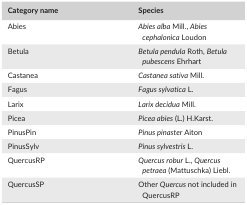
<table><thead><tr><td><b>Category name</b></td><td><b>Species</b></td></tr></thead><tbody><tr><td>Abies</td><td><i>Abies alba</i> Mill., <i>Abies cephalonica</i> Loudon</td></tr><tr><td>Betula</td><td><i>Betula pendula</i> Roth, <i>Betula pubescens</i> Ehrhart</td></tr><tr><td>Castanea</td><td><i>Castanea sativa</i> Mill.</td></tr><tr><td>Fagus</td><td><i>Fagus sylvatica</i> L.</td></tr><tr><td>Larix</td><td><i>Larix decidua</i> Mill.</td></tr><tr><td>Picea</td><td><i>Picea abies</i> (L.) H.Karst.</td></tr><tr><td>PinusPin</td><td><i>Pinus pinaster</i> Aiton</td></tr><tr><td>PinusSylv</td><td><i>Pinus sylvestris</i> L.</td></tr><tr><td>QuercusRP</td><td><i>Quercus robur</i> L., <i>Quercus petraea</i> (Mattuschka) Liebl.</td></tr><tr><td>QuercusSP</td><td>Other <i>Quercus</i> not included in QuercusRP</td></tr></tbody></table>